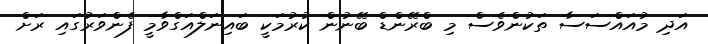
އަދި މުއައްސަސާ ތަކުންވެސް މި ބްރޭންޑް ބޭނުން ކުރުމަކީ ބައިނަލްއަގްވާމީ ފެންވަރުގައި ރަށް